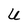
Character: U